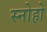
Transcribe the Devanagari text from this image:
स्नोहो